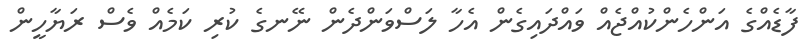
ފާޑެއްގެ އަންހެންކުއްޖެއް ވައްދައިގެން އެހާ ލަސްވަންދެން ނޭނގެ ކުރި ކަމެއް ވެސް ރަޔާހީން